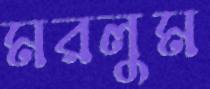
মরলুম